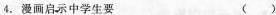
4. 漫画启示中学生要 ( )